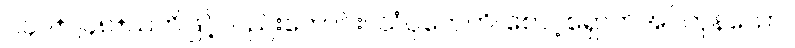
၂၄၇+၂၄၈+သတိဖြင့်လည်းကောင်း။ သံဝုတေဟိ၊ စောင့်ရှောက်အပ်ကုန်သော။